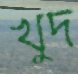
খুদ